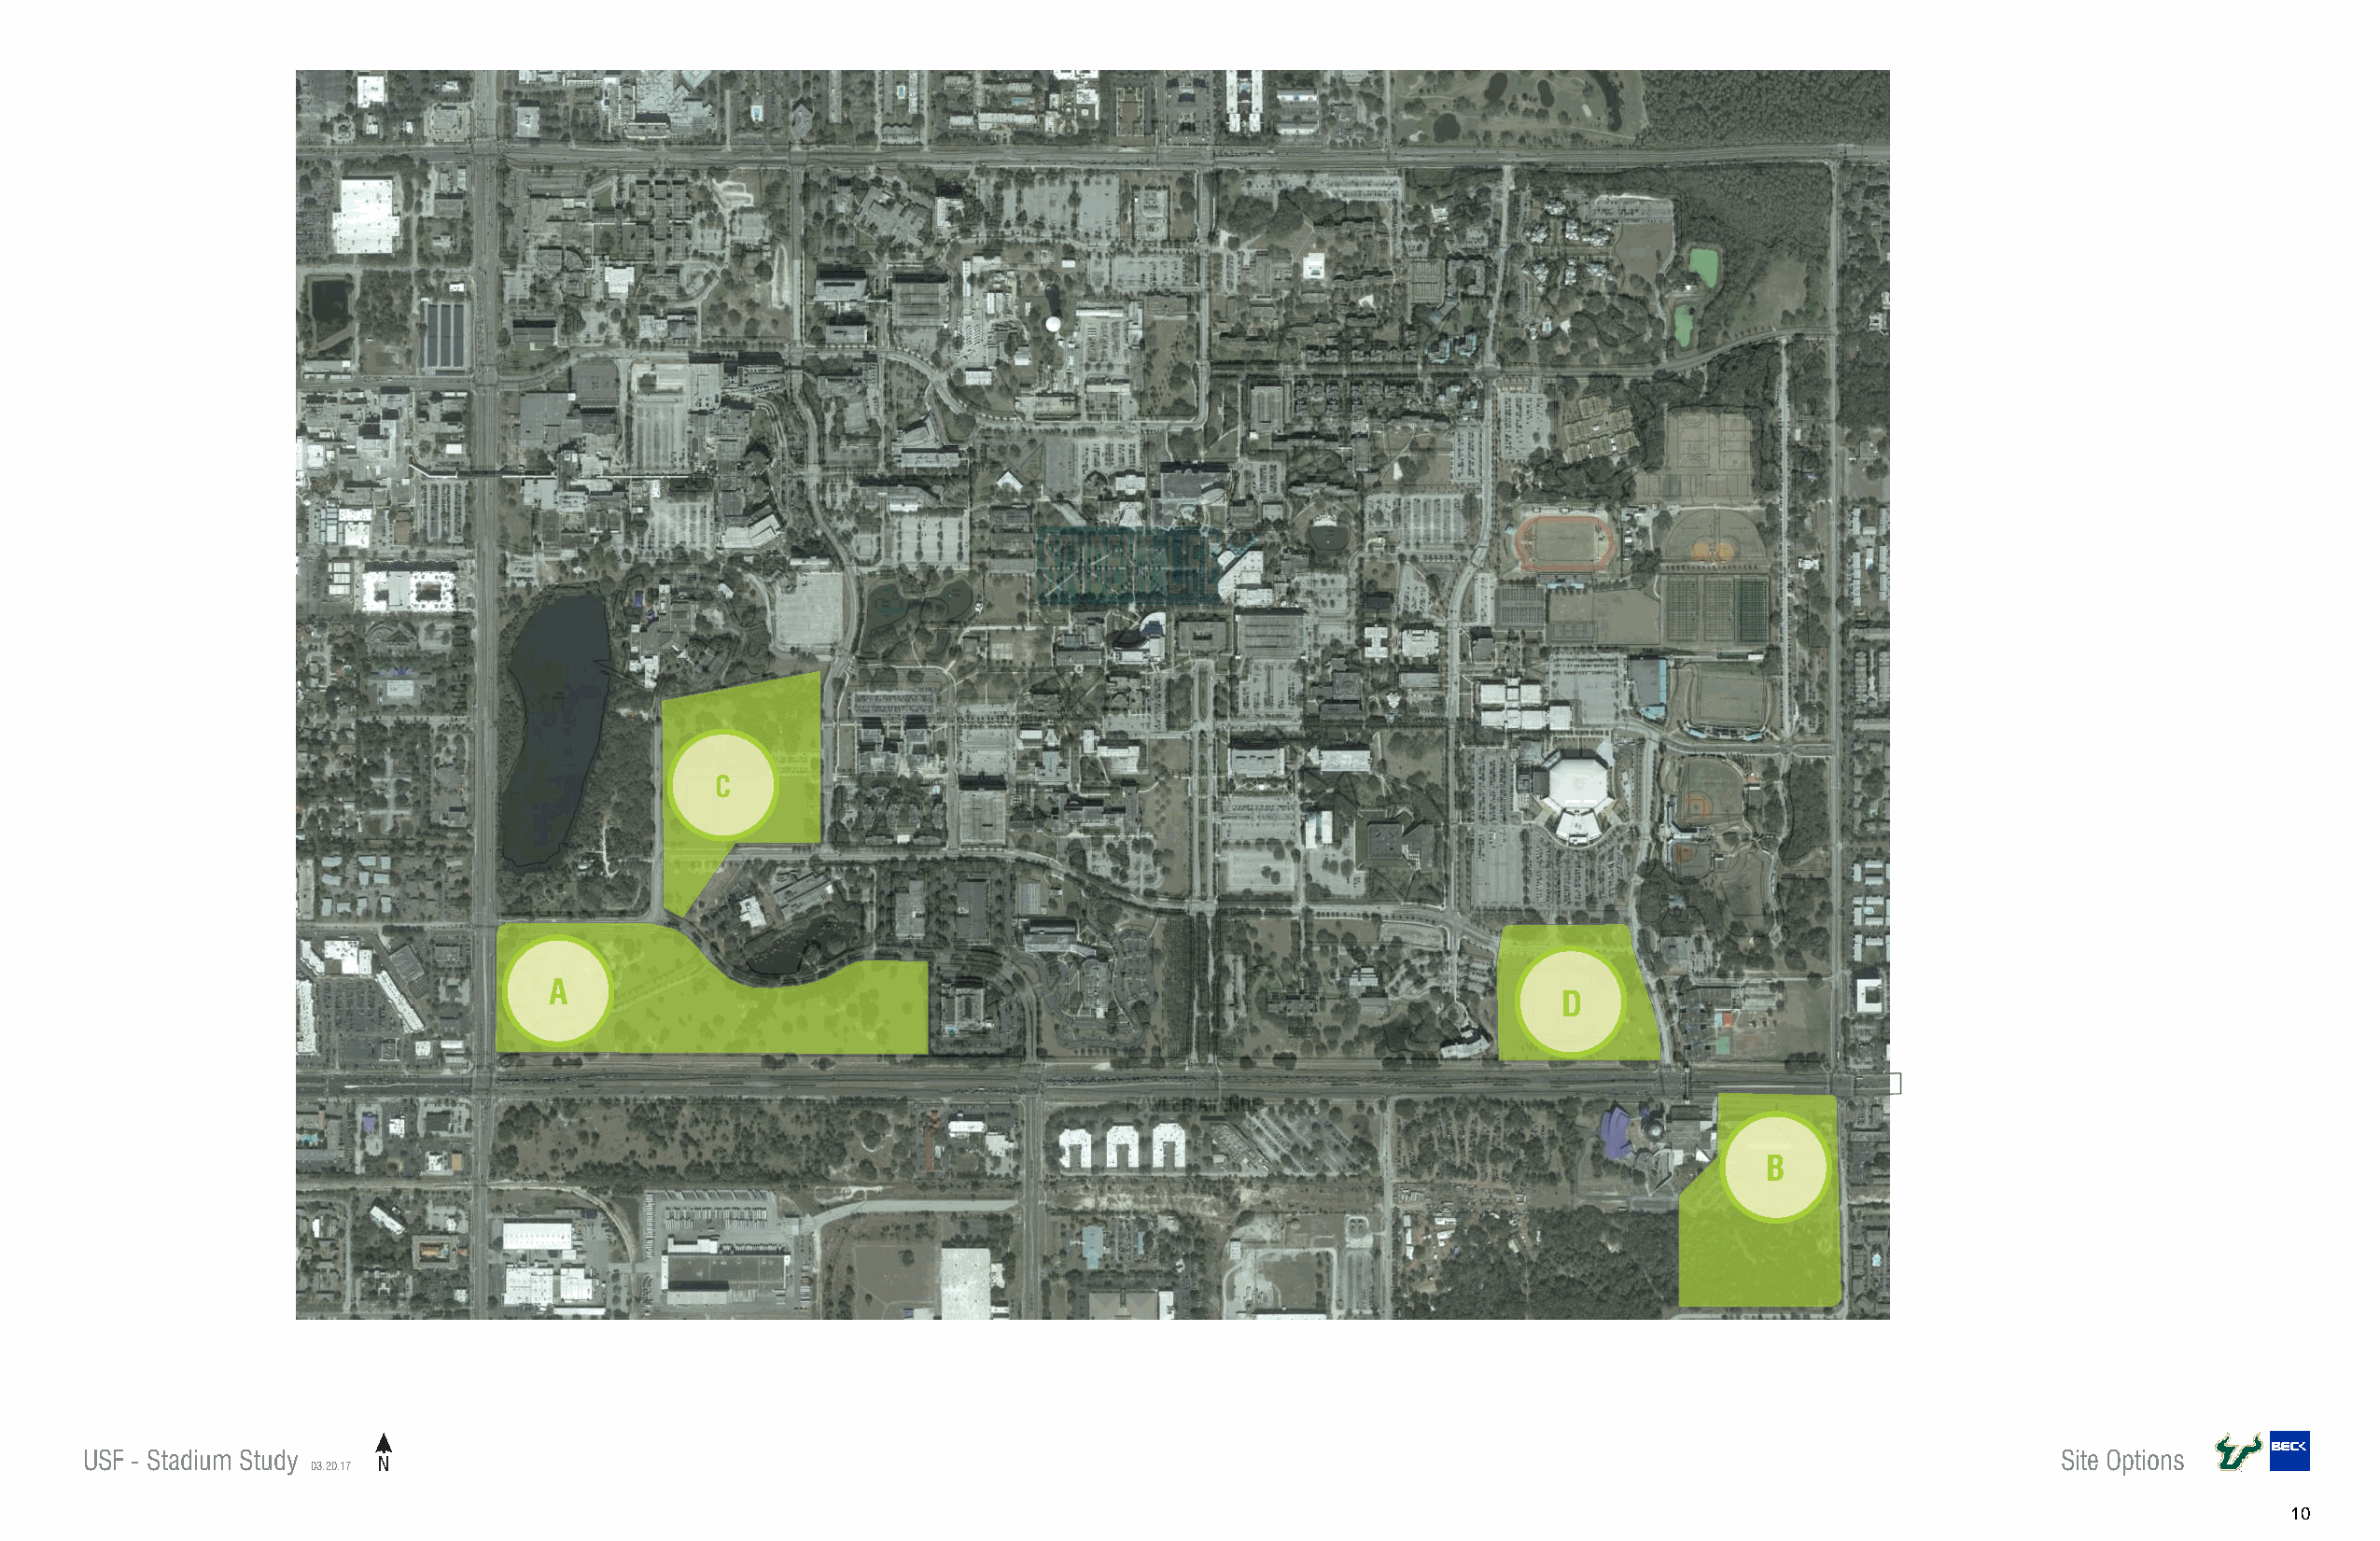
FLETCHER AVENUE
 STUDENT  LIFE
 C
 A
 D
 FOWLER AVENUE
 B
 USF - Stadium Study                                                                                                                         Site Options
 03.20.17 N
 10
 .DVLB
 SNWOD
 .B
 ECURB
 N.
 50TH
 STREET.